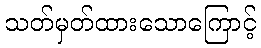
သတ်မှတ်ထားသောကြောင့်